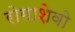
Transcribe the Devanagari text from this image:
रोगाशेवो